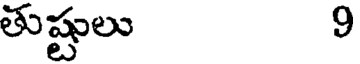
తుష్టులు 9